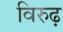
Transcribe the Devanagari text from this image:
विरुढ़